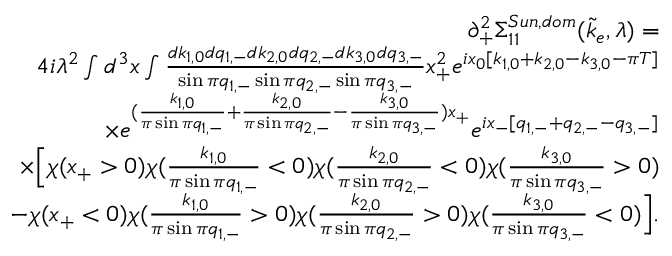
\begin{array} { r l r } & { } & { \partial _ { + } ^ { 2 } \Sigma _ { 1 1 } ^ { S u n , d o m } ( \tilde { k } _ { e } , \lambda ) = } \\ & { } & { \quad 4 i \lambda ^ { 2 } \int d ^ { 3 } x \int \frac { d k _ { 1 , 0 } d q _ { 1 , - } d k _ { 2 , 0 } d q _ { 2 , - } d k _ { 3 , 0 } d q _ { 3 , - } } { \sin \pi q _ { 1 , - } \sin \pi q _ { 2 , - } \sin \pi q _ { 3 , - } } x _ { + } ^ { 2 } e ^ { i x _ { 0 } [ k _ { 1 , 0 } + k _ { 2 , 0 } - k _ { 3 , 0 } - \pi T ] } } \\ & { } & { \quad \times e ^ { ( \frac { k _ { 1 , 0 } } { \pi \sin \pi q _ { 1 , - } } + \frac { k _ { 2 , 0 } } { \pi \sin \pi q _ { 2 , - } } - \frac { k _ { 3 , 0 } } { \pi \sin \pi q _ { 3 , - } } ) x _ { + } } e ^ { i x _ { - } [ q _ { 1 , - } + q _ { 2 , - } - q _ { 3 , - } ] } } \\ & { } & { \quad \times \Big [ \chi ( x _ { + } > 0 ) \chi ( \frac { k _ { 1 , 0 } } { \pi \sin \pi q _ { 1 , - } } < 0 ) \chi ( \frac { k _ { 2 , 0 } } { \pi \sin \pi q _ { 2 , - } } < 0 ) \chi ( \frac { k _ { 3 , 0 } } { \pi \sin \pi q _ { 3 , - } } > 0 ) } \\ & { } & { \quad - \chi ( x _ { + } < 0 ) \chi ( \frac { k _ { 1 , 0 } } { \pi \sin \pi q _ { 1 , - } } > 0 ) \chi ( \frac { k _ { 2 , 0 } } { \pi \sin \pi q _ { 2 , - } } > 0 ) \chi ( \frac { k _ { 3 , 0 } } { \pi \sin \pi q _ { 3 , - } } < 0 ) \Big ] . } \end{array}